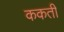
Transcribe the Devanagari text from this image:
ककती